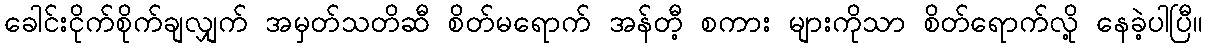
ခေါင်းငိုက်စိုက်ချလျှက် အမှတ်သတိဆီ စိတ်မရောက် အန်တီ့ စကား များကိုသာ စိတ်ရောက်လို့ နေခဲ့ပါပြီ။